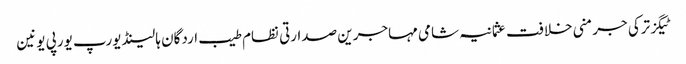
ٹیگزترکی جرمنی خلافت عثمانیہ شامی مہاجرین صدارتی نظام طیب اردگان ہالینڈ یورپ یورپی یونین